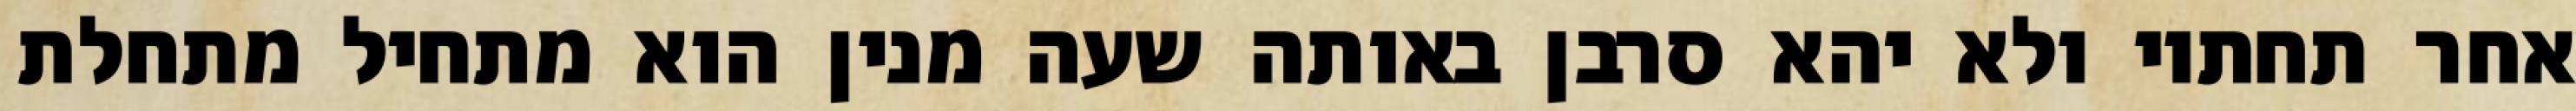
אחר תחתיו ולא יהא סרבן באותה שעה מנין הוא מתחיל מתחלת